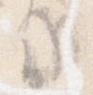
候